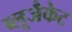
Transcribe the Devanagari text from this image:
ब्लूजैकेट